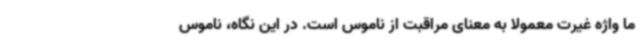
ما واژه غیرت معمولا به معنای مراقبت از ناموس است. در این نگاه، ناموس